Scottish Leaving Certificate Examination, 1958
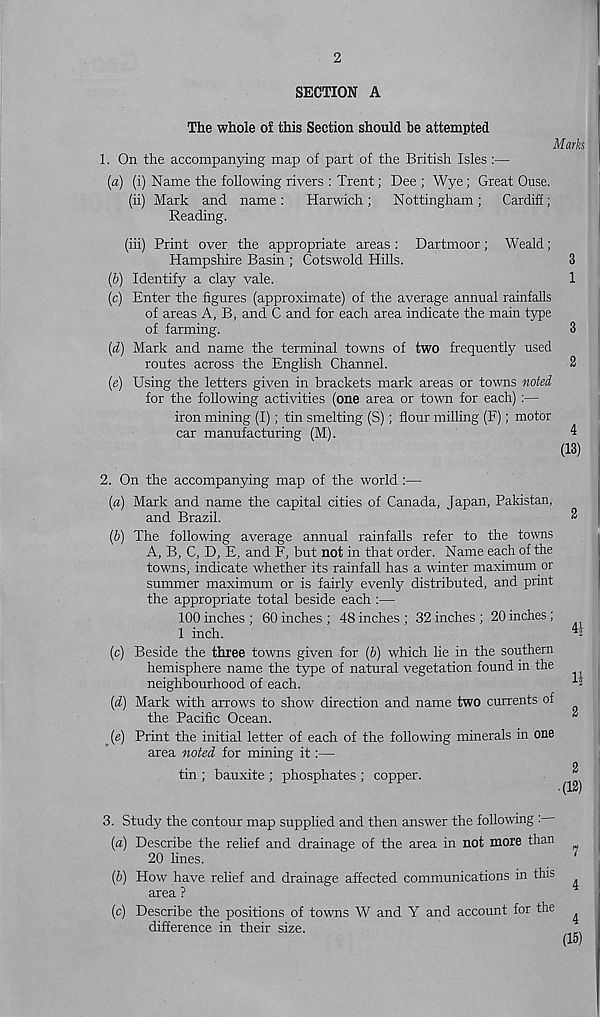
2
SECTION A
The whole of this Section should he attempted
Marks
1. On the accompanying map of part of the British Isles :—
(a) (i) Name the following rivers : Trent; Dee ; Wye; Great Ouse,
(ii) Mark and name : Harwich ; Nottingham ; Cardiff;
Reading.
(hi) Print over the appropriate areas : Dartmoor; Weald;
Hampshire Basin ; Cotswold Hills.
3
(b) Identify a clay vale.
1
(c) Enter the figures (approximate) of the average annual rainfalls
of areas A, B, and C and for each area indicate the main type
of farming.
3
(d) Mark and name the terminal towns of two frequently used
routes across the English Channel.
2
(e) Using the letters given in brackets mark areas or towns noted
for the following activities (one area or town for each) :—
iron mining (I); tin smelting (S); flour milling (F); motor
car manufacturing (M).
4
(13)
2. On the accompanying map of the world :—
(a) Mark and name the capital cities of Canada, Japan, Pakistan,
and Brazil.
^
(b) The following average annual rainfalls refer to the towns
A, B, C, D, E, and F, but not in that order. Name each of the
towns, indicate whether its rainfall has a winter maximum or
summer maximum or is fairly evenly distributed, and print
the appropriate total beside each :—
100 inches ; 60 inches ; 48 inches ; 32 inches ; 20 inches ;
1 inch.
-
(c) Beside the three towns given for (b) which lie in the southern
hemisphere name the type of natural vegetation found in the
neighbourhood of each.
^
(d) Mark with arrows to show direction and name two currents of
the Pacific Ocean.
*
(e) Print the initial letter of each of the following minerals in one
area noted for mining it:—
2
tin ; bauxite ; phosphates ; copper.
3. Study the contour map supplied and then answer the following :
(a) Describe the relief and drainage of the area in not more than
20 lines.
(&) How have relief and drainage affected communications in this
area ?
(c) Describe the positions of towns W and Y and account for the
difference in their size.